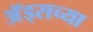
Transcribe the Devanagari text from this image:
अॅड्सच्या